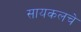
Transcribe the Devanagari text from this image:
सायकलचे